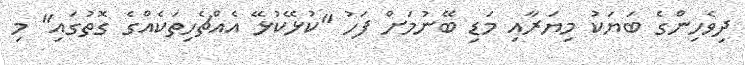
ދިވެހިންގެ ބަޔަކު މިޔަރާއި މަޑި ބޭނުމަށް ފަހު "ކުޅޭކުޅޭ އެއްޗެހިތަކެއްގެ ގޮތުގައި" މި